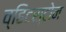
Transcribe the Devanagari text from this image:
व्हिटस्टोन